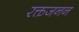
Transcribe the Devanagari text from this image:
रक्तजनन